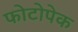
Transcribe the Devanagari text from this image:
फोटोपेक